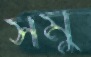
সমু